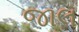
જાલ